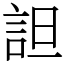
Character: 詚